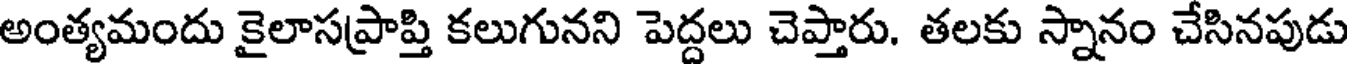
అంత్యమందు కైలాసప్రాప్తి కలుగునని పెద్దలు చెప్తారు. తలకు స్నానం చేసినపుడు